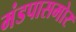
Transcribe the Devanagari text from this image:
मंडपासमोर